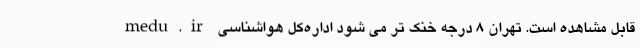
medu.ir قابل مشاهده است. تهران ۸ درجه خنک تر می‌ شود اداره‌کل هواشناسی